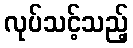
လုပ်သင့်သည့်